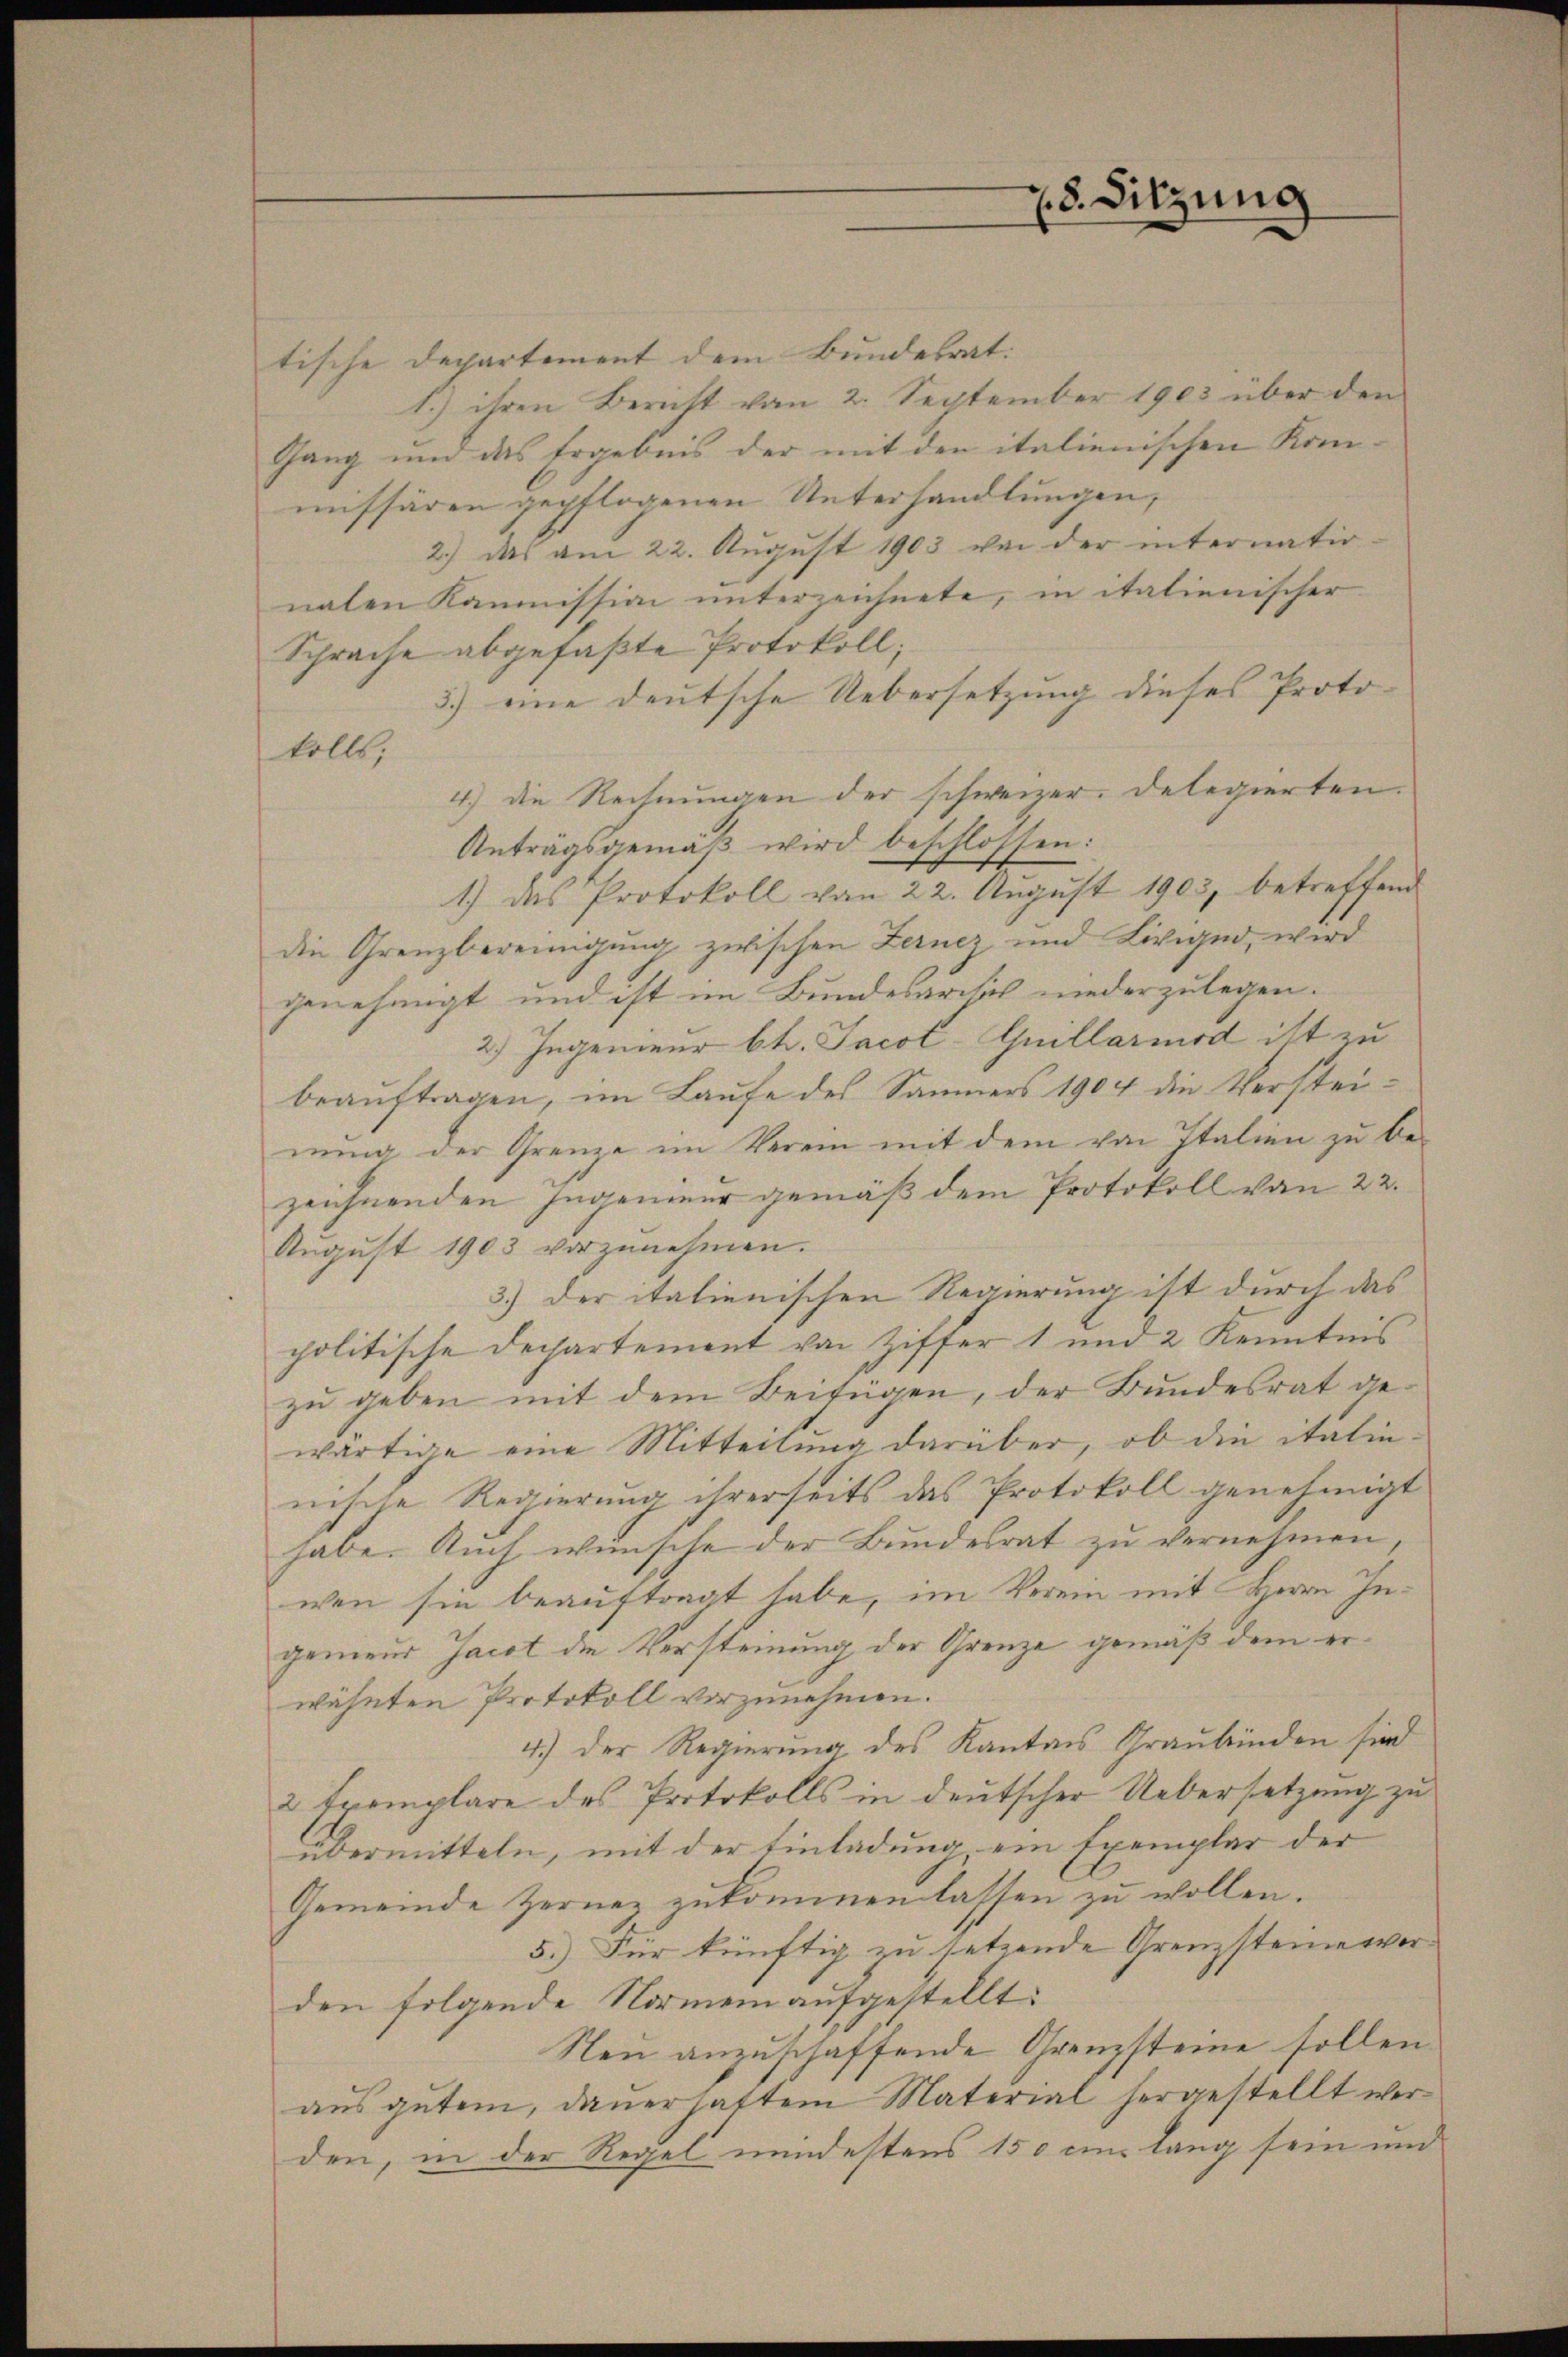
28. Sitzung

tische Departement dem Bundesrat:
1.) ihren Bericht vom 2. September 1903 über den
Gang und das Ergebnis der mit den italienischen Kom-
missären gepflogenen Unterhandlungen,
2.) das am 22. August 1903 von der internatio-
naten Kommission unterzeichnete, in italienischer
Sprache abgefaßte Protokoll;
3) eine deutsche Uebersetzung dieses Proto-
kolls,
4) die Rechnungen der schweizer. Delegierten.
Antragsgemäβ wird beschlossen:
1.) das Protokoll von 22. August 1903, betreffend
die Grenzbereinigung zwischen Lerncz und Livigno, wird
genehmigt und ist im Bundesarsich niederzulegen.
2.) Ingenieur bt. Jacot-Guillarmod ist zu
beauftragen, im Laufe des Sammers 1904 die Versteinung der Grenze im Verein mit dem von Italien zu be-
zeichnenden Ingenieur gemäß dem Protokoll von 22.
Aŭgŭst 1903 vorzŭnehmen.
3.) Der italienischen Regierung ist durch das
politische Departement von Ziffer 1 und 2 Kenntnis
zu geben mit dem Beifügen, der Bundesrat gewärtige eine Mitteilung darüber, ob die italie
nische Regierung ihrerseits das Protokoll genehmigt
habe. Auch wünsche der Bundesrat zu vernehmen,
wen sie beauftragt habe, im Verein mit Herrn Ingenieur Jacot die Versteinung der Grenze gemäß dem erwähnten Protokoll vorzunehmen.
4.) Der Regierung des Kantons Graubünden sind
2 Exemplare des Protokolls in deutscher Uebersetzung zu
übermitteln, mit der Einladung, ein Exemplar der
Gemeinde Zernez zukommen lassen zu wollen.
5.) Der künftig zu setzende Grenzsteine vorden folgende Normen aufgestellt:
Neu anzuschaffende Grenzsteine sollen.
aus gutem, dauer hatten Material hergestellt werden, in der Regel mindestens 150 cm lang sein und